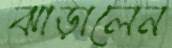
ঝাড়ালেন